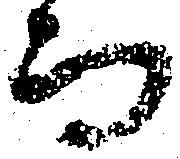
而